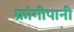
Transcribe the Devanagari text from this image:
फ्रांगीपानी